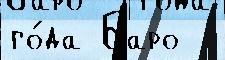
го́да Баро